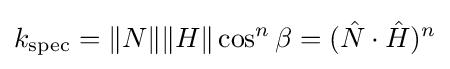
k_{\mathrm {spec} }=\|N\|\|H\|\cos ^{n}\beta =({\hat {N}}\cdot {\hat {H}})^{n}